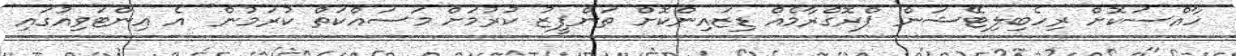
ހާއްސަކޮށް ރިހެބިލިޓޭޝަން ޕްރޮގްރާމެއް ޑިޒައިންކޮށް ތަންފީޒު ކުރުމަށް މަސައްކަތް ކުރަމުން" އެ އިންޓަވިއުގައި